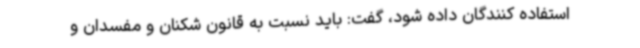
استفاده کنندگان داده شود، گفت: باید نسبت به قانون شکنان و مفسدان و